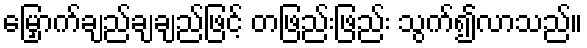
မြှောက်ချည်ချချည်ဖြင့် တဖြည်းဖြည်း သွက်၍လာသည်။